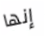
إنها